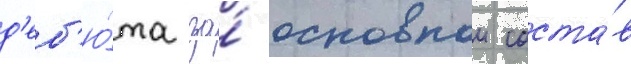
д'еб'ю́та за́ основнои соста́в